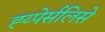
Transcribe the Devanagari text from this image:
ह्य्पेर्सलिसे